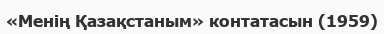
«Менің Қазақстаным» контатасын (1959)